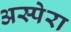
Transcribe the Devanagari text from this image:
अस्पेरा